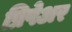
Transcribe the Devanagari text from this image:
प्रिपेअर